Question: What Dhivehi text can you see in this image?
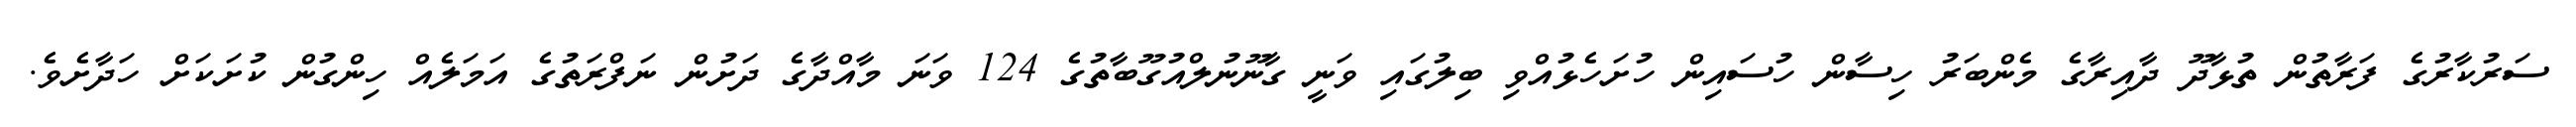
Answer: ސަރުކާރުގެ ފަރާތުން ތުޅާދޫ ދާއިރާގެ މެންބަރު ހިސާން ހުސައިން ހުށަހެޅުއްވި ބިލުގައި ވަނީ ގާނޫނުލްއުގޫބާތުގެ 124 ވަނަ މާއްދާގެ ދަށުން ނަފްރަތުގެ އަމަލެއް ހިންގުން ކުށަކަށް ހަދާށެވެ.